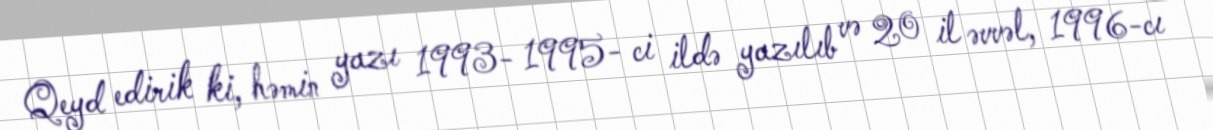
Qeyd edirik ki, həmin yazı 1993- 1995- ci ildə yazılıb və 20 il əvvəl, 1996-cı